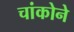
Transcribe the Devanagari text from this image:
चांकोने